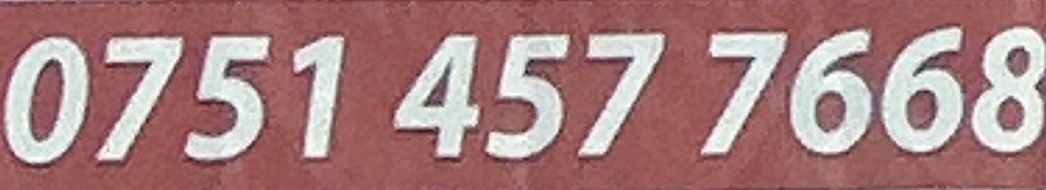
0751 457 7668